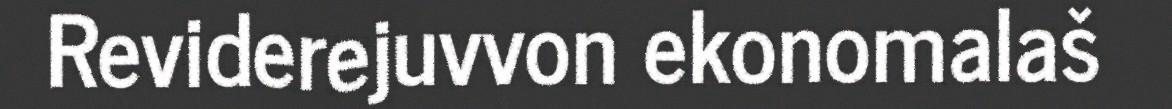
Reviderejuvvon ekonomalaš